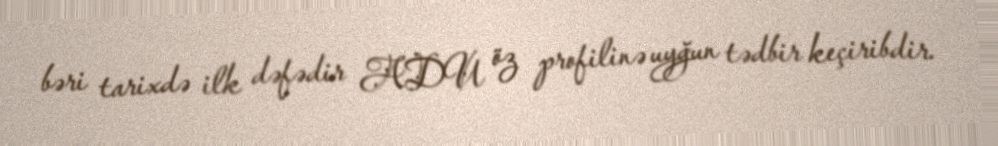
bəri tarixdə ilk dəfədir ADU öz profilinə uyğun tədbir keçiribdir.